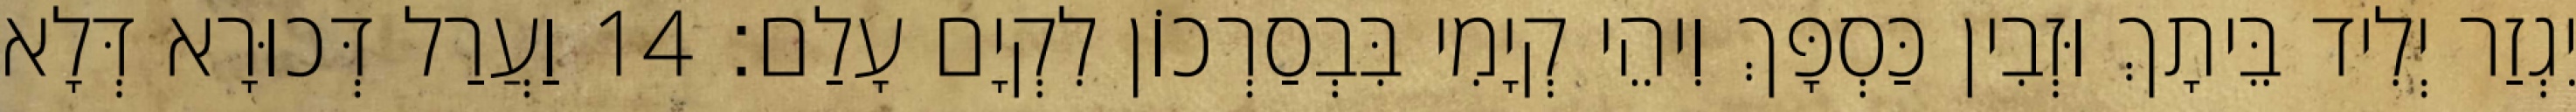
יִגְזַר יְלִיד בֵּיתָךְ וּזְבִין כַּסְפָּךְ וִיהֵי קְיָמִי בִּבְסַרְכוֹן לִקְיָם עָלַם׃ 14 וַעֲרַל דְּכוּרָא דְּלָא